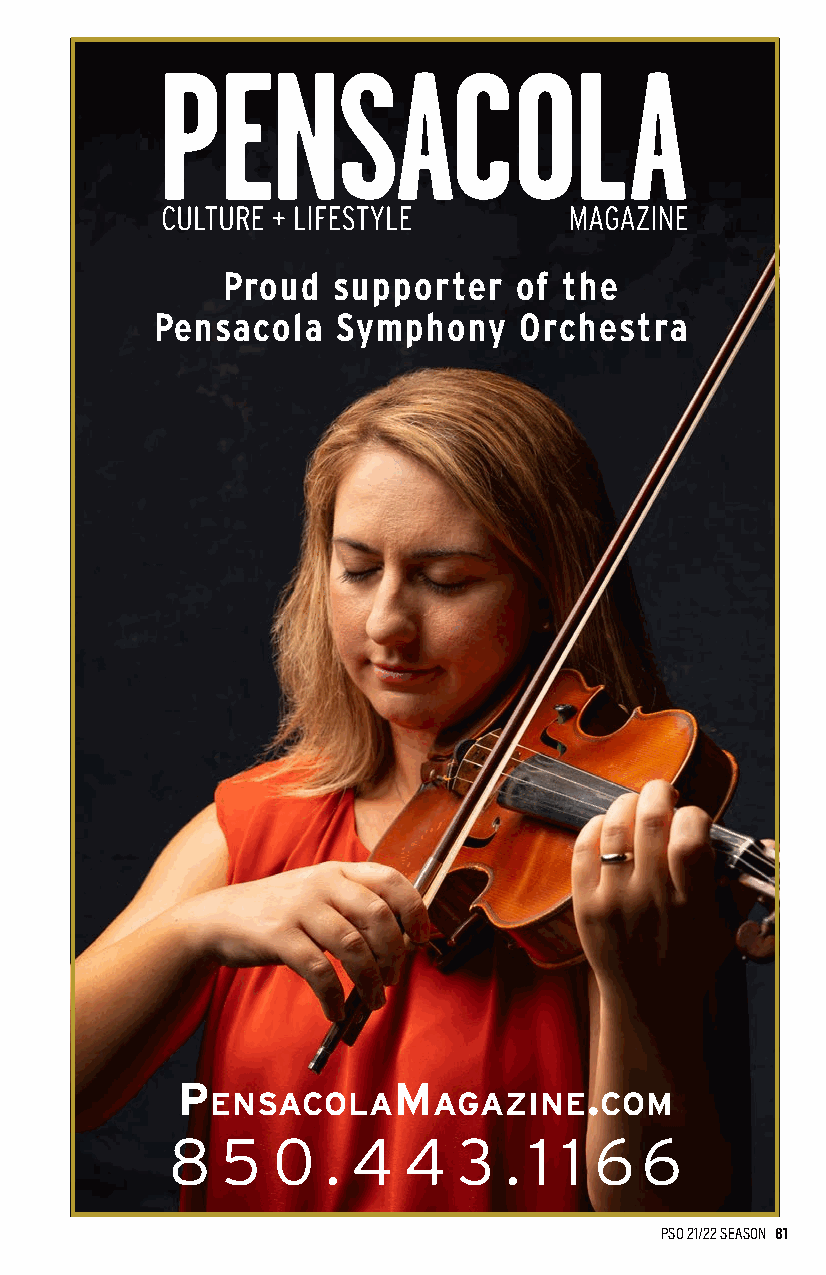
Proud  supporter   of the
 Pensacola   Symphony    Orchestra
 P             M            .
 ensacola       agazine    coM
 8   5  0  . 4   4  3  . 1 1 6  6
 PSO 21/22 SEASON 81